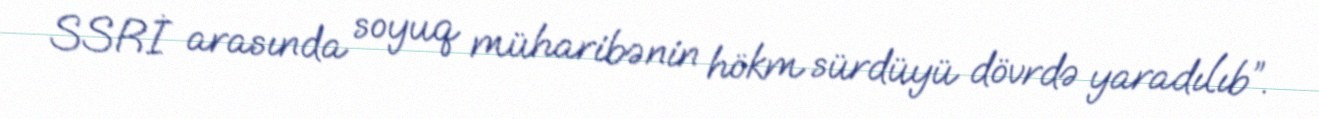
SSRİ arasında soyuq müharibənin hökm sürdüyü dövrdə yaradılıb”.